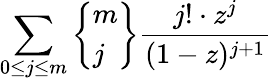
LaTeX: \sum_{0\leq j\leq m}\left\{ {\begin{array}{l}{m}\\ {j}\end{array}}\right\} {\frac{j!\cdot z^{j}}{(1-z)^{j+1}}}